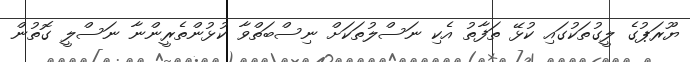
ޔޫރަޕުގެ ލީގުތަކުގައި ކުޅޭ ތަފާތު އެކި ނަސްލުތަކަށް ނިސްބަތްވާ ކުޅުންތެރީންނާ ނަސްލީ ގޮތުން